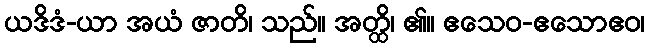
ယဒိဒံ-ယာ အယံ ဇာတိ၊ သည်။ အတ္ထိ၊ ၏။ ဧသေဝ-ဧသောဧဝ၊